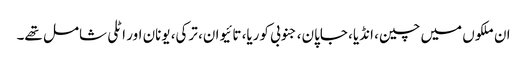
ان ملکوں میں چین، انڈیا، جاپان، جنوبی کوریا، تائیوان، ترکی، یونان اور اٹلی شامل تھے۔